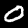
Label: 0